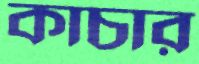
কাচার